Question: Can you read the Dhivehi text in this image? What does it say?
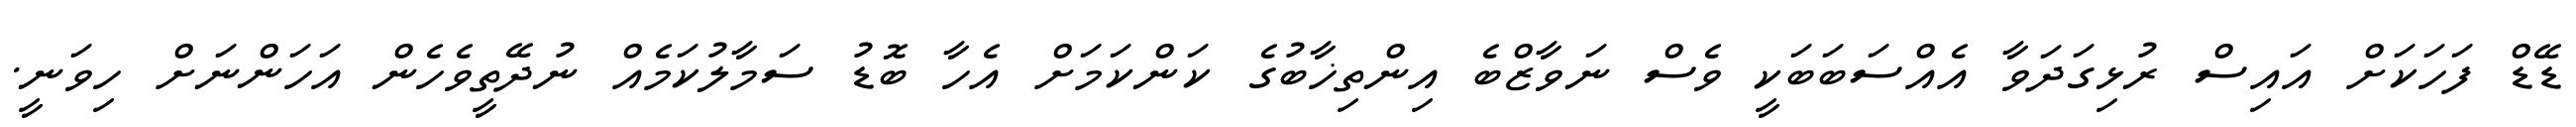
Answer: ޑޭޑް ފަހަކަށް އައިސް ރުޅިގަދަވާ އެއްސަބަބަކީ ވެސް ނަވާޒްބެ އިންތިޚާބުގެ ކަންކަމަށް އެހާ ބޮޑު ސަމާލުކަމެއް ނުދޭތީވެހެން އަހަންނަށް ހިވަނީ.